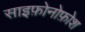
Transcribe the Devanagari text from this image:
साइफ़ोनोफ़ोश